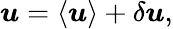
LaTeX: \boldsymbol{u}=\langle\boldsymbol{u}\rangle+\delta\boldsymbol{u},